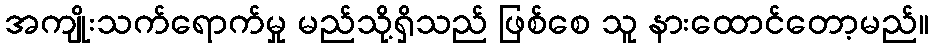
အကျိုးသက်ရောက်မှု မည်သို့ရှိသည် ဖြစ်စေ သူ နားထောင်တော့မည်။